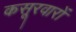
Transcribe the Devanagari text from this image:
कसूरवारों